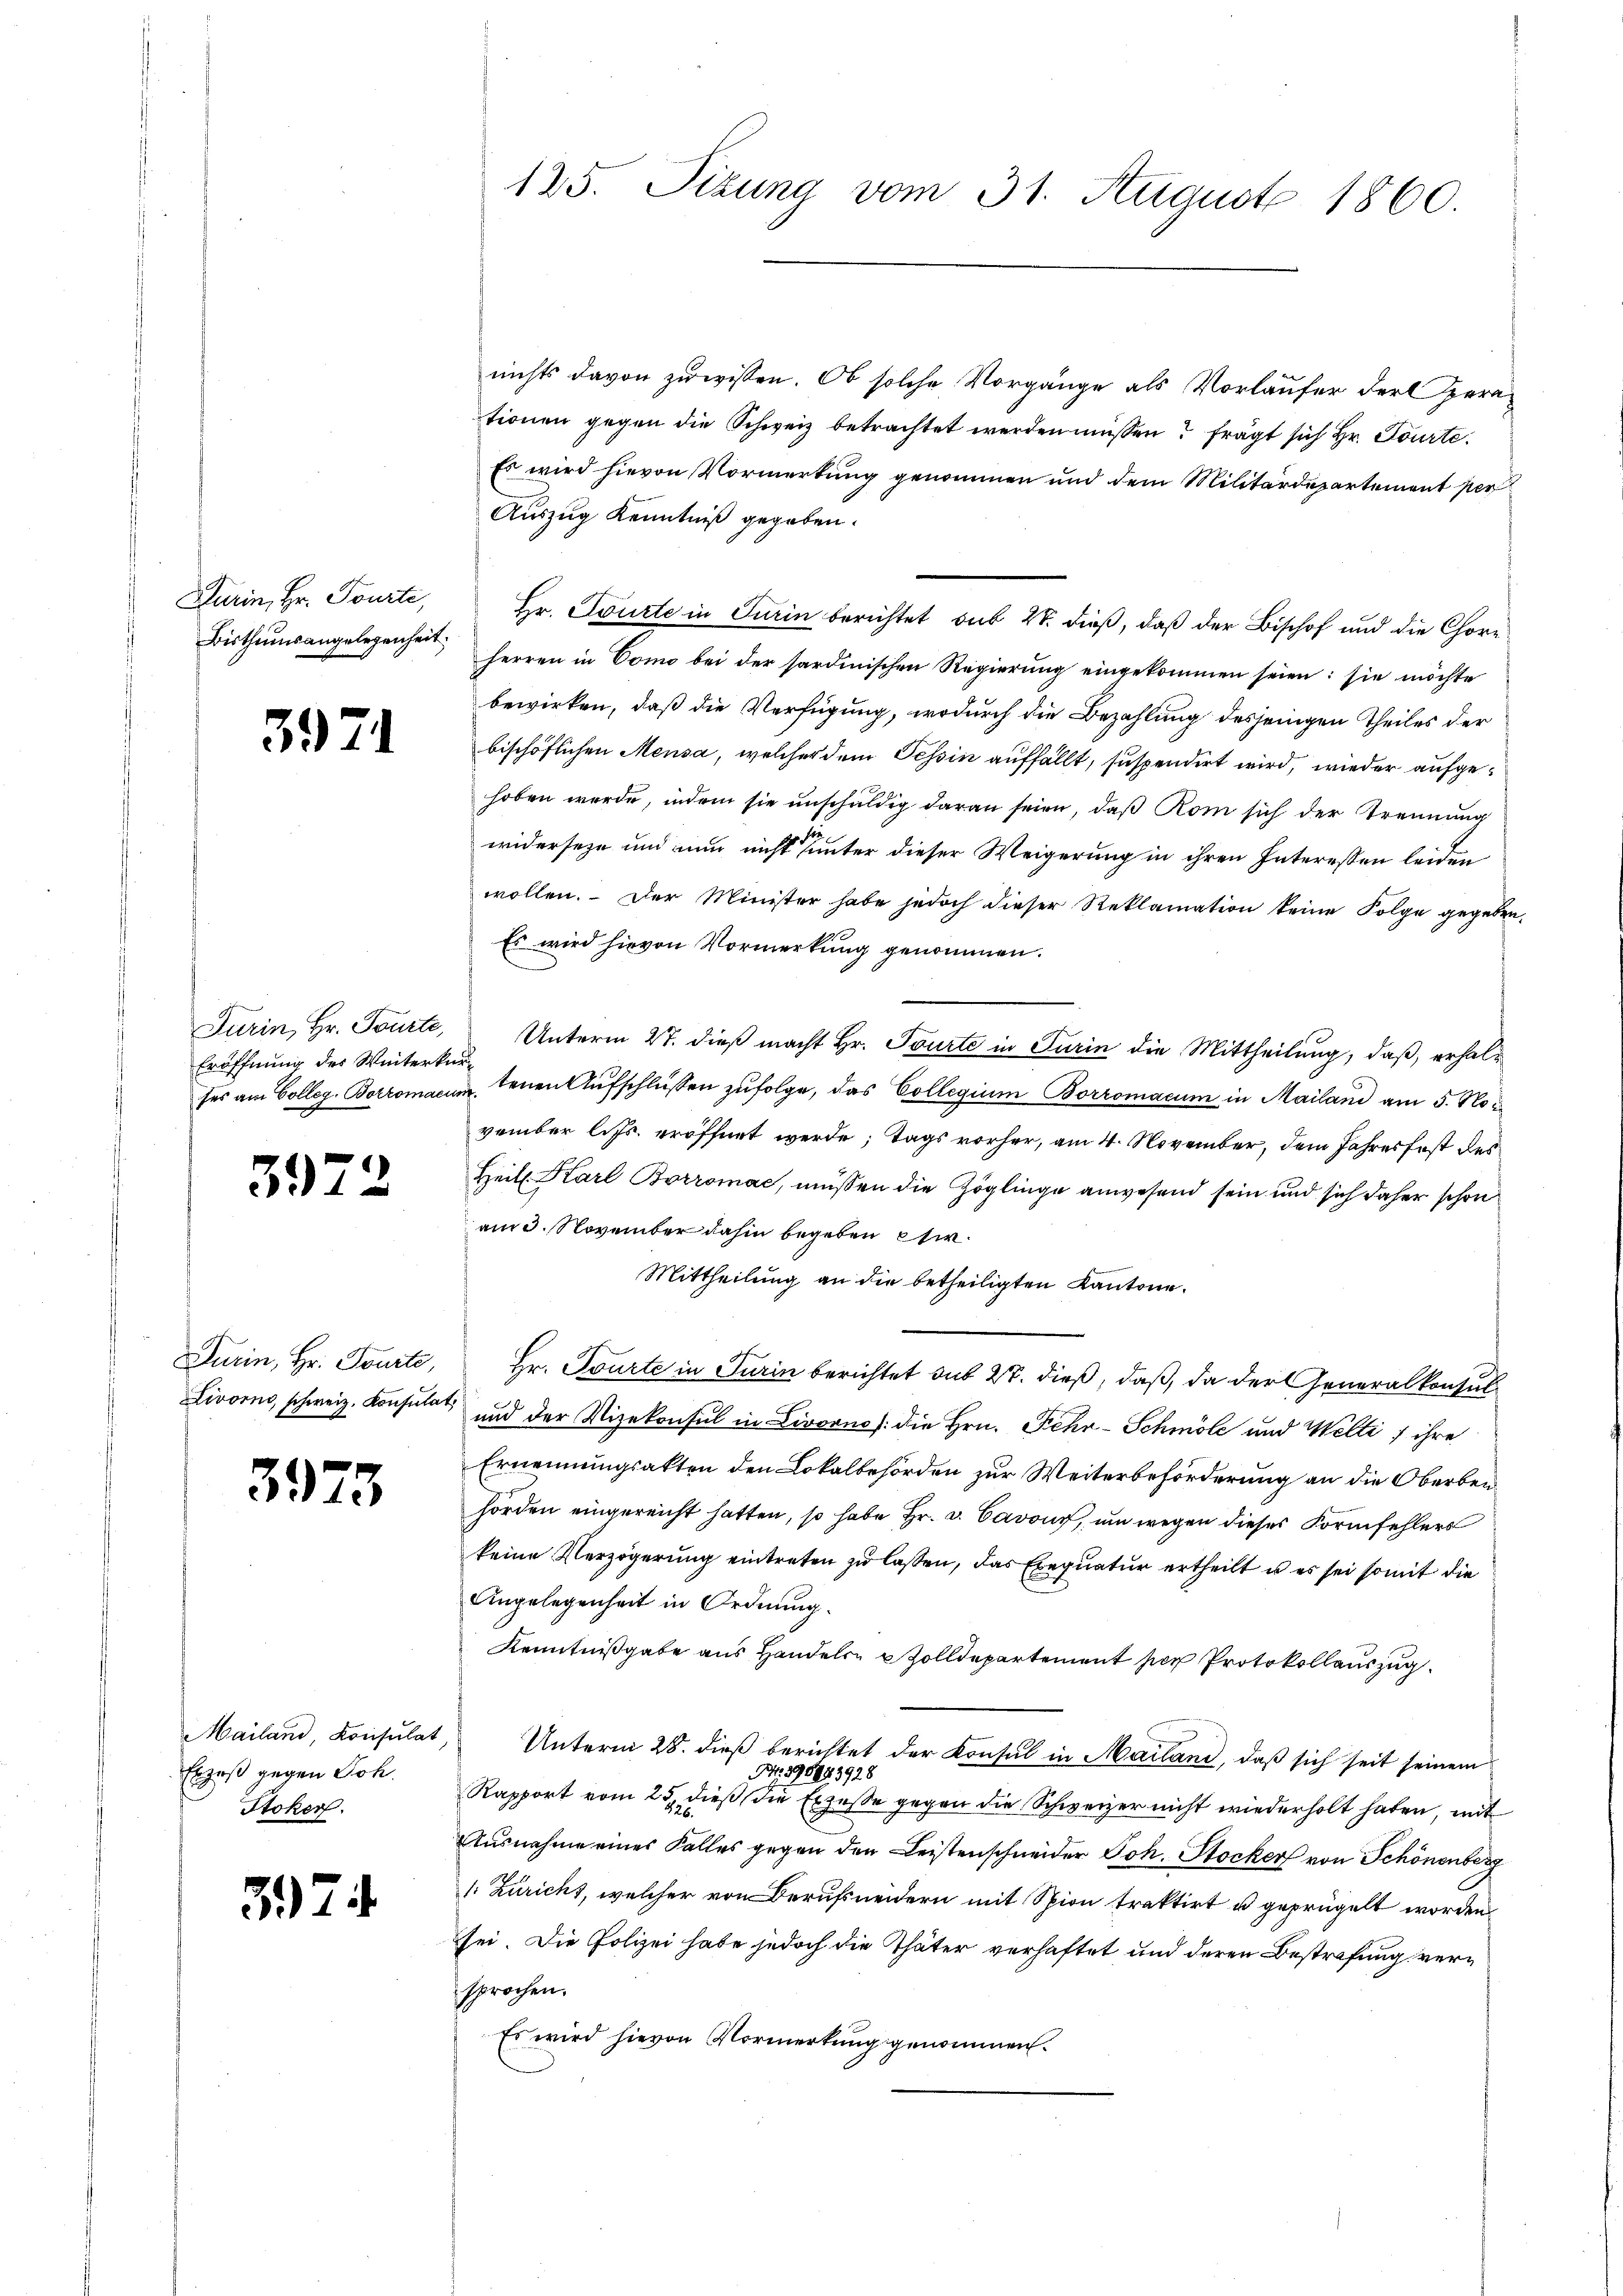
Durin, Hr. Tourte,

Eröffnung des Winterkun-

39.

3973

Mailand, Konsulat
Erzeß gegen Joh.
Stoker.

59

3971

3

125. Sizung vom 31. August 1860.

nichts davon zu wissen. Ob solche Vorgänge als Vorläufer der Herrtionen gegen die Schweiz betrachtet werden müssen? frägt sich Hr. Tourte
Es wird hievon Vormerkung genommen und dem Militärdepartement per
Auszug Kenntniß gegeben.
Hr. Tourte in Turin berichtet sub 20. dieß, daß der Bischof und die Chöre
Bisthumsangelegenheit herren in Como bei der sardinischen Regierŭng eingekommen seien: sie möchte
bewirken, daß die Verfügung, wodurch die Bezahlung desjenigen Theiles der
bischöflichen Mensa, welcher dem Tessin auffällt, suspendirt wird, wieder aufgehoben werde, indem sie unschuldig daran seien, daß Rom sich der Trennung
widerseze und nun nicht unter dieser Weigerung in ihren Interessen leiden
wollen. Der Minister habe jedoch dieser Reklamation keine Folge gegeben,
Es wird hievon Vormerkung genommen.
Turin, Hr. Tourte, Unterm 27. dieß macht Hr. Tourte in Turin die Mittheilung, daß, erhalses am Colleg. Borromacum tenen Aufschlüssen zufolge, das Collegium Borromacum in Mailand am 5. November lits. eröffnet werde, Tags vorher, am 4. November, dem Jahresfest des
Heill. Karl Borromac, müssen die Zöglinge anwesend sein und sich daher schon
am 3. November dahin begeben etw
Mittheilung an die betheiligten Kantone.
Turin, Hr. Tourte, Hr. Tourte in Turin berichtet sub 27. dieß, daß, da der Generalkonsul
Livorno, schweiz. Konsulat, und der Vizekonsul in Livornes: die Hrn. Fehr-Schmöle und Welti f ihre
Ernennungsakten den Lokalbehörden zur Weiterbeförderung an die Oberbenhörden eingereicht hatten, so habe Hr. v. Cavon, um wegen dieses Formfehlers
keine Verzögerung eintreten zu lassen, das Exequatur ertheilt u es sei somit die
Angelegenheit in Ordnung.
Kenntnißgabe aus Handels- & Zolldepartement per Protokollauszug
Unterm 28. dieß berichtet der Konsul in Mailand, daß sich seit seinem
14
9844.
1928
Rapport vom 25. dieß die Exzesse gegen die Schweizer nicht wiederholt haben, mit
Ausnahme eines Falles gegen den Leistenschneider Joh. Stocker von Schönenberg
1: Zuricht, welcher von Berufsneidern mit Spion traktirt u geprügelt worden
sei. Die Polizei habe jedoch die Thäter verhaftet und deren Bestrafung versprochen.
Es wird hievon Vormerkung genommen.